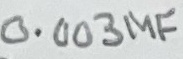
Text: 0.003µF